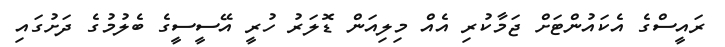
ރައީސްގެ އެކައުންޓަށް ޖަމާކުރި އެއް މިލިއަން ޑޮލަރު ހުރީ އޭސީސީގެ ބެލުމުގެ ދަށުގައި